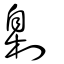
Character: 㓷